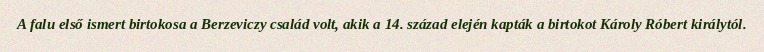
A falu első ismert birtokosa a Berzeviczy család volt, akik a 14. század elején kapták a birtokot Károly Róbert királytól.